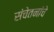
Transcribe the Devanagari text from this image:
संचेतनांचे